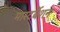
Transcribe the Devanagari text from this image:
मास्टर्बेशन